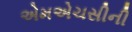
એમએચસીની